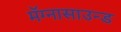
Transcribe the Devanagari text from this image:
मॅग्नासाउन्ड